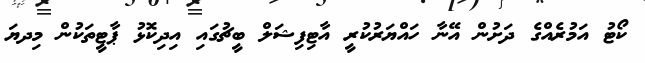
ކޯޓު އަމުރެއްގެ ދަށުން އޭނާ ހައްޔަރުކުރީ އާޓިފިޝަލް ބީޗުގައި އިދިކޮޅު ޕާޓީތަކުން މިދޔަ